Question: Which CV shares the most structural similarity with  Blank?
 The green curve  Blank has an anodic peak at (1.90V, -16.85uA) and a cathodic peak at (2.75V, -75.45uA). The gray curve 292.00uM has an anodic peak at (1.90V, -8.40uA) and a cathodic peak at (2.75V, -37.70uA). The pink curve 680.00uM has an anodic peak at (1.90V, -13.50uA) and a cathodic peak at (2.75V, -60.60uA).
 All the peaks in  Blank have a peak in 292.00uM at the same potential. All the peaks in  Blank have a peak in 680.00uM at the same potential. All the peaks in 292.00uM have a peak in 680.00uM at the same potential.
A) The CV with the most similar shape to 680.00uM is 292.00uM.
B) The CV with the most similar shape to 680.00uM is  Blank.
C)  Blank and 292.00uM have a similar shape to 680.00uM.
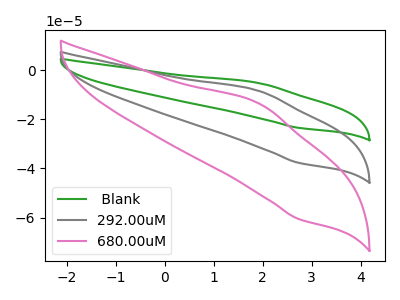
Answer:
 <answer>C) " Blank" and "292.00uM" have a similar shape to "680.00uM".</answer>
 <eval>C</eval>